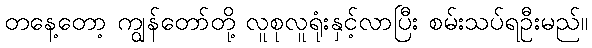
တနေ့တော့ ကျွန်တော်တို့ လူစုလူရုံးနှင့်လာပြီး စမ်းသပ်ရဦးမည်။